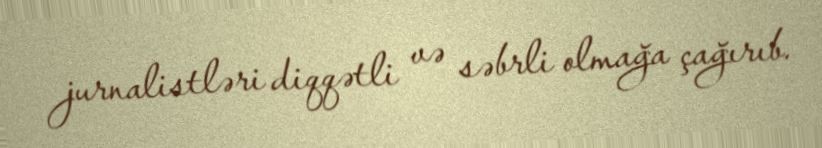
jurnalistləri diqqətli və səbrli olmağa çağırıb.